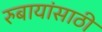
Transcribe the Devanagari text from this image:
रुबायांसाठी